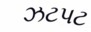
ઝટપટ